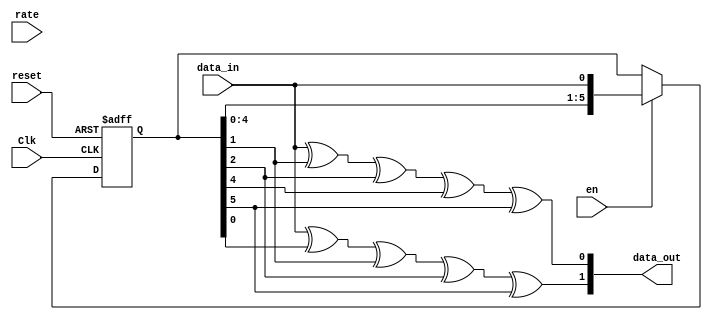
`timescale 1ns / 1ps
//////////////////////////////////////////////////////////////////////////////////
// Company: 
// Engineer: 
// 
// Design Name: 
// Module Name:    encode 
// Project Name: 
// Target Devices: 
// Tool versions: 
// Description: 
//
// Dependencies: 
//
// Revision: 
// Revision 0.01 - File Created
// Additional Comments: 
//
//////////////////////////////////////////////////////////////////////////////////
`timescale 1ns / 1ps
module encoder(
	data_in,
	data_out,
	Clk,
	reset,
	rate,
	en
);
	input data_in;
	input Clk;
	input reset;
	input rate;// 0: rate = 1/2 
	input en;
	output [1:0]  data_out;
	reg [1:0] counter=2'd0;
	
	reg [6:1]data_reg = 6'b000000;
	reg [1:0] delay;
	wire A;
	wire B;
	reg  f = 0;
	assign A = data_in ^ data_reg[2] ^ data_reg[3] ^ data_reg[5] ^ data_reg[6];
	assign B = data_in ^ data_reg[1] ^ data_reg[2] ^ data_reg[3] ^ data_reg[6];
	
	assign data_out = {B , A};
	
	always @(posedge Clk , negedge reset)
	begin
	
		if(!reset) begin
			data_reg <= 6'b000000;
			counter = 2'b00;
			f <= 0;
			end
		else if(en)
					begin
					data_reg <= {data_reg[5:1] , data_in};
				
			end
	end
	endmodule